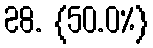
28. {50.0%}